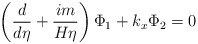
\begin{align*}\left( \frac d{d\eta }+\frac{im}{H\eta }\right) \Phi _1+k_x\Phi_2=0\end{align*}